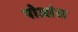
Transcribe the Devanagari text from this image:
पोआंस